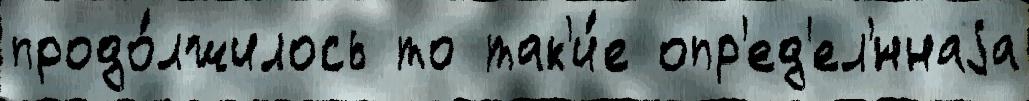
продо́лжилось то так'и́е опр'ед'ел'́ннаjа